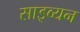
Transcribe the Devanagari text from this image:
साइव्यन